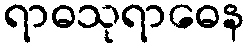
ရာဓသုရာဓေန